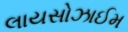
લાયસોઝાઈમ